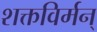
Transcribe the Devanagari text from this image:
शक्तविर्मन्